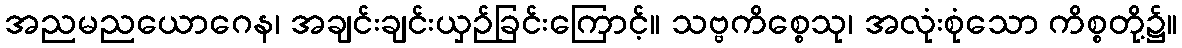
အညမညယောဂေန၊ အချင်းချင်းယှဉ်ခြင်းကြောင့်။ သဗ္ဗကိစ္စေသု၊ အလုံးစုံသော ကိစ္စတို့၌။